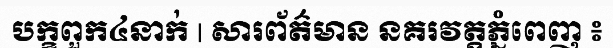
បក្ខពួក៤នាក់ | សារព័ត៌មាន នគរវត្តភ្នំពេញ ៖